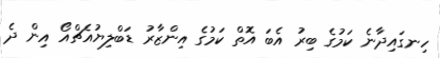
ހިނގައިދާނެ ކަމުގެ ބިރު އެބަ އޮތް ކަމުގެ އިންޒާރު ޑަބްލިޔުއެޗްއޯ އިން ދެ